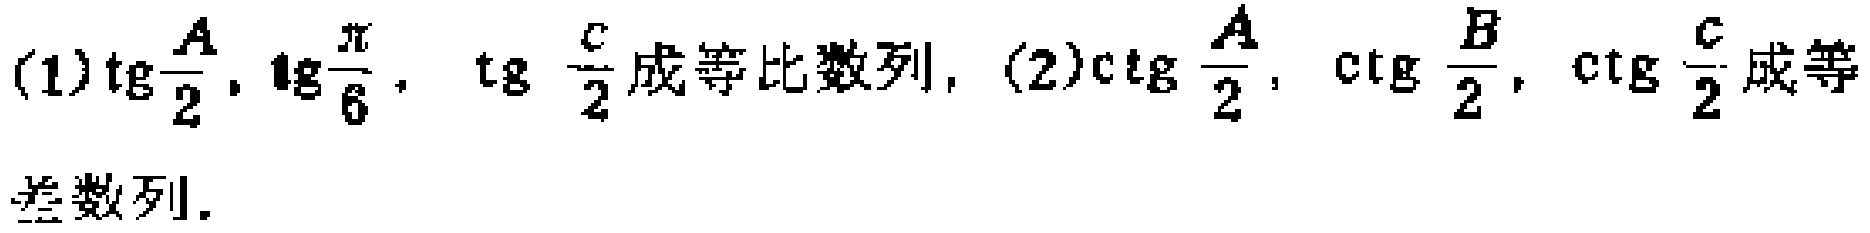
(1)$\tg\frac{A}{2},\tg\frac{\pi}{6},\tg\frac{C}{2}$成等比数列, (2)$\ctg\frac{A}{2},\ctg\frac{B}{2},\ctg\frac{C}{2}$成等差数列.